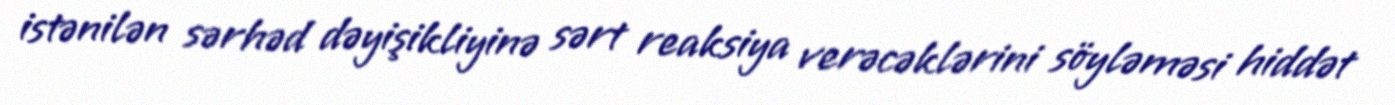
istənilən sərhəd dəyişikliyinə sərt reaksiya verəcəklərini söyləməsi hiddət